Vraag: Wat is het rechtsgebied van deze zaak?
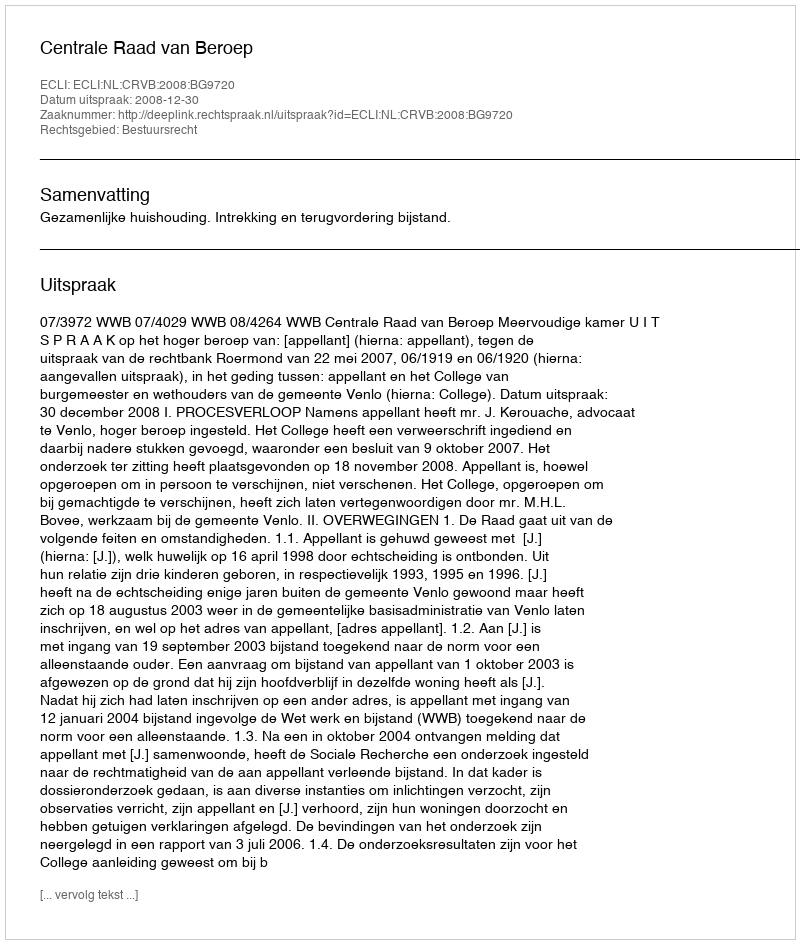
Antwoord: Bestuursrecht